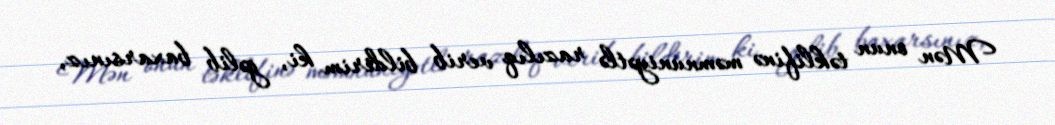
Mən onun təklifinə məmnuniyətlə razılıq verib bildirim ki, gəlib baxarsınız,